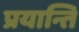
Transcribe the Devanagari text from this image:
प्रयान्ति